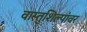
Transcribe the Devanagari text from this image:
वास्तुशिल्पांवर